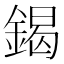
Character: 鍻